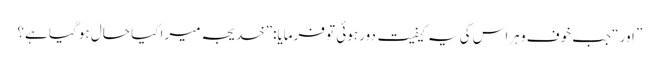
” اور “جب خوف و ہراس کی یہ کیفیت دور ہوئی تو فرمایا:”خدیجہ میرا کیا حال ہو گیا ہے؟